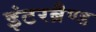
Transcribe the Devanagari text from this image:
इंटरब्रैण्ड